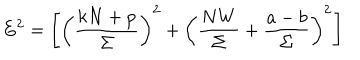
E ^ { 2 } = \left[ \left( \frac { k N + p } { \Sigma } \right) ^ { 2 } + \left( \frac { N W } { \Sigma } + \frac { a - b } { \Sigma } \right) ^ { 2 } \right]